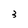
Character: 3